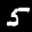
Label: 5